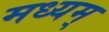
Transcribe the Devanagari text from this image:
मध्यम्